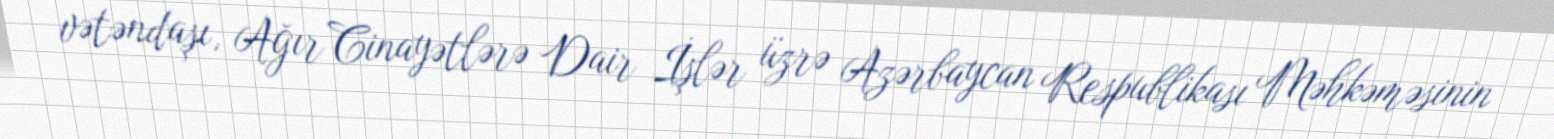
vətəndaşı, Ağır Cinayətlərə Dair İşlər üzrə Azərbaycan Respublikası Məhkəməsinin